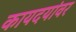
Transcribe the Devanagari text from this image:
कायदयांवर